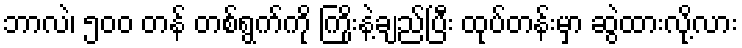
ဘာလဲ၊ ၅၀၀ တန် တစ်ရွက်ကို ကြိုးနဲ့ချည်ပြီး ထုပ်တန်းမှာ ဆွဲထားလို့လား